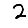
Digit: 2